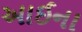
આઈના